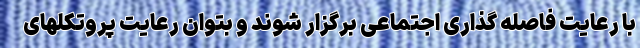
با رعایت فاصله گذاری اجتماعی برگزار شوند و بتوان رعایت پروتکلهای